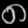
Digit: ၈